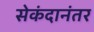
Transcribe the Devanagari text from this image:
सेकंदानंतर